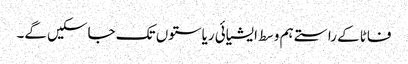
فاٹا کے راستے ہم وسط ایشیائی ریاستوں تک جاسکیں گے۔